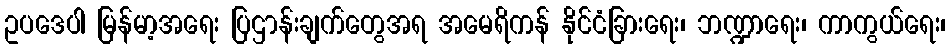
ဥပဒေပါ မြန်မာ့အရေး ပြဌာန်းချက်တွေအရ အမေရိကန် နိုင်ငံခြားရေး၊ ဘဏ္ဍာရေး၊ ကာကွယ်ရေး၊